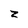
Character: z